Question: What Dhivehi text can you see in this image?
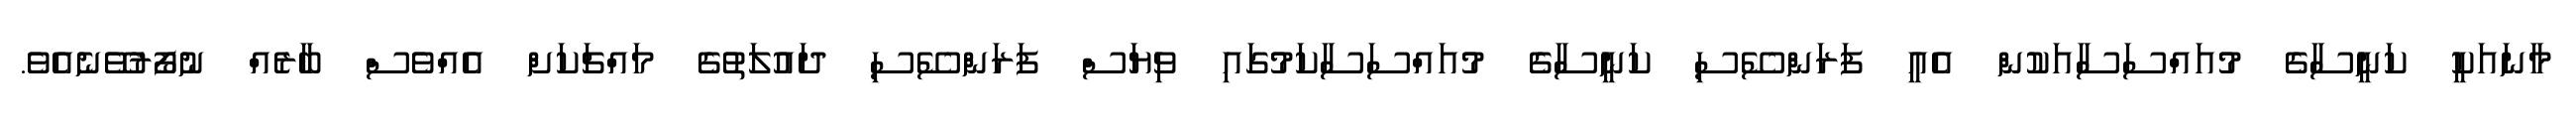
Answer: މާނައަކީ ކަނީސާގެ މުއައްސަސާއަކުން އެއީ ފަރަންސޭސި ކަނީސާގެ މުއައްސަސާކަމުގައި ވިޔަސް ފަރަންސޭސި ދައުލަތުގެ މައްޗަކަށް އެއްވެސް ބާރެއް ނުފޯރުވޭނެއެވެ.